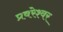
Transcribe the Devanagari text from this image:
प्रवरेश्वर